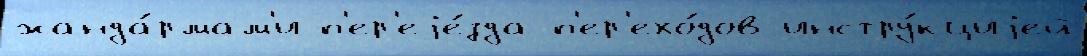
жанда́рмам'и п'ер'еjе́зда п'ер'ехо́дов инстру́кциjей